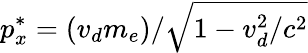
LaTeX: p_{x}^{*}=(v_{d}m_{e})/\sqrt{1-v_{d}^{2}/c^{2}}